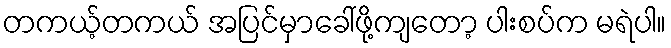
တကယ့်တကယ် အပြင်မှာခေါ်ဖို့ကျတော့ ပါးစပ်က မရဲပါ။